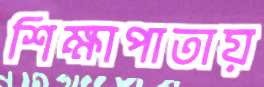
শিক্ষাপাতায়